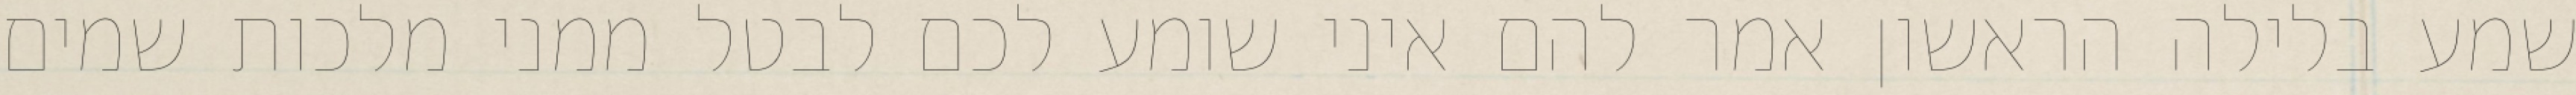
שמע בלילה הראשון אמר להם איני שומע לכם לבטל ממני מלכות שמים